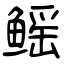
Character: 鳐